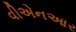
વીએનઆર